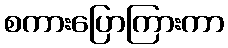
စကားပြောကြားကာ